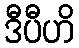
ဒီပီဟိ